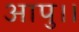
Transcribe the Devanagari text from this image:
आपु।।